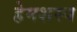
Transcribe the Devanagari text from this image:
हेमशस्य